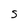
Character: S